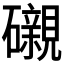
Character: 𥗒